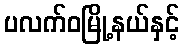
ပလက်ဝမြို့နယ်နှင့်